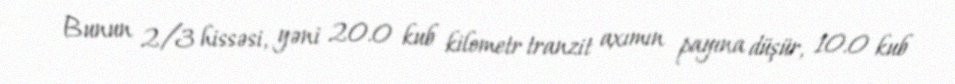
Bunun 2/3 hissəsi, yəni 20.0 kub kilometr tranzit axımın payına düşür, 10.0 kub